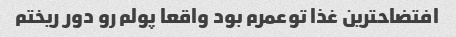
افتضاحترین غذا توعمرم بود واقعا پولم رو دور ریختم